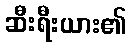
ဆီးရီးယား၏